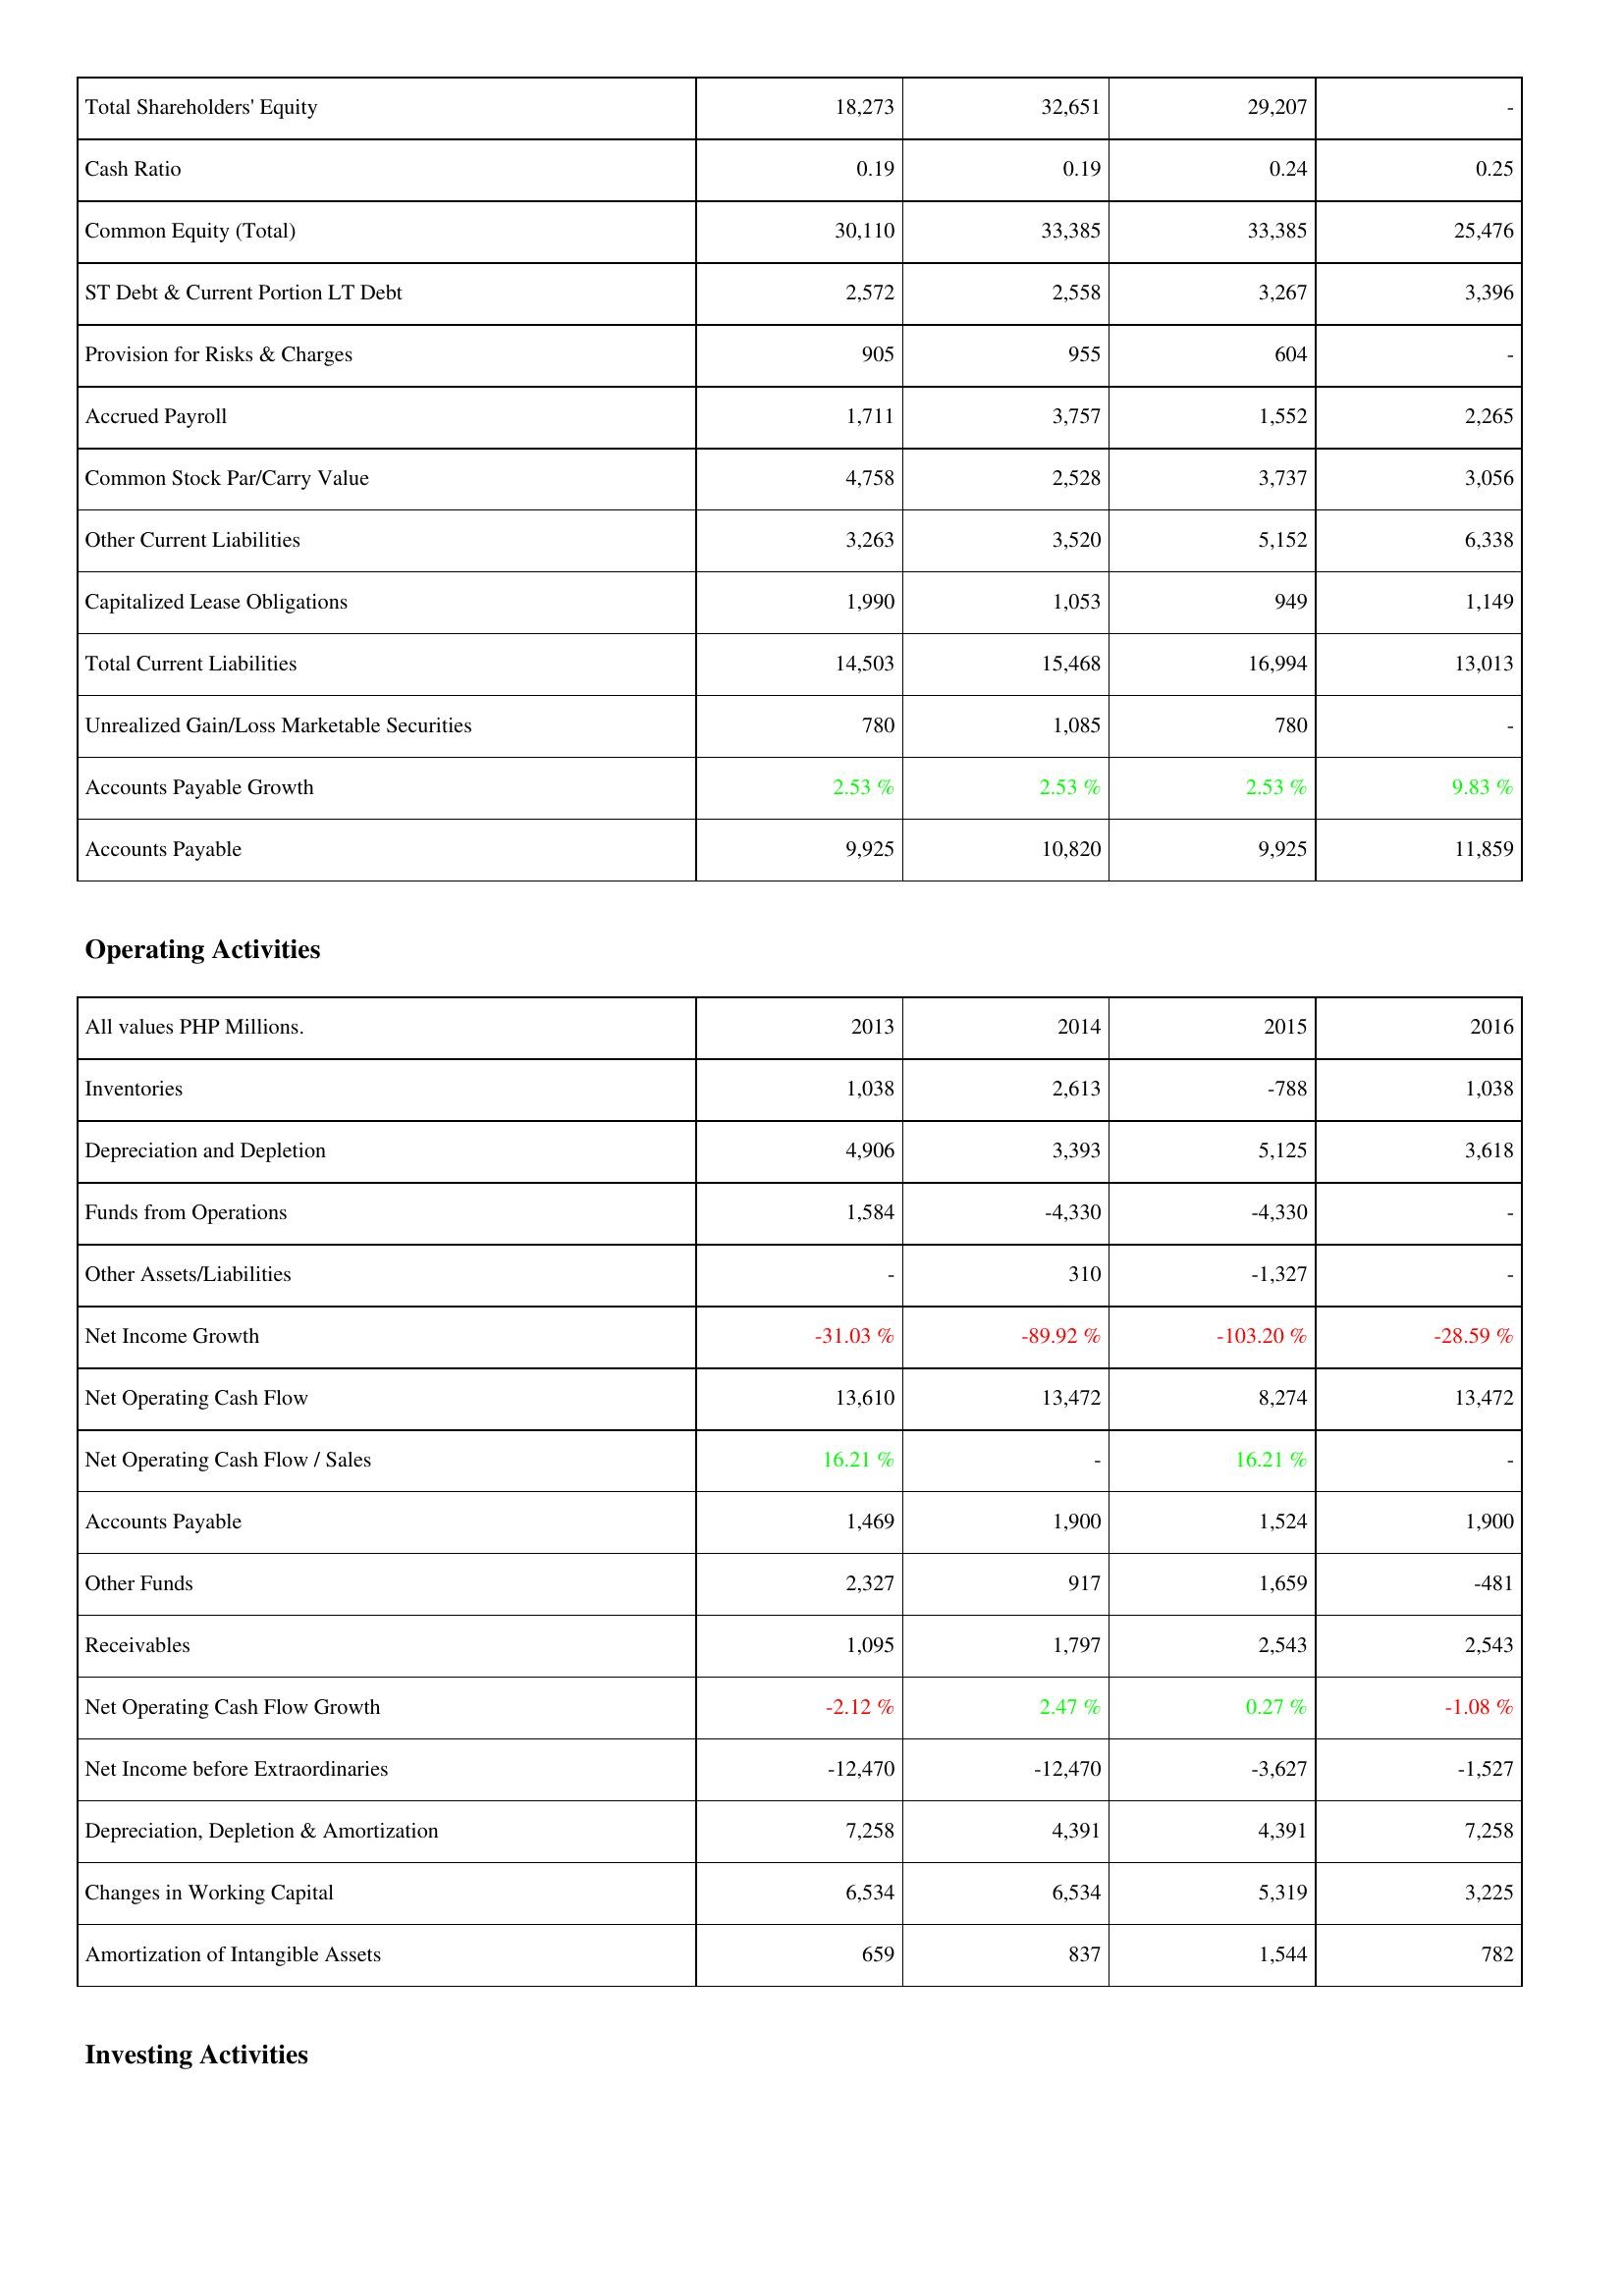
2013: Liabilities & Shareholders' Equity: Total Shareholders' Equity: 18,273
Cash Ratio: 0.19
Common Equity (Total): 30,110
ST Debt & Current Portion LT Debt: 2,572
Provision for Risks & Charges: 905
Accrued Payroll: 1,711
Common Stock Par/Carry Value: 4,758
Other Current Liabilities: 3,263
Capitalized Lease Obligations: 1,990
Total Current Liabilities: 14,503
Unrealized Gain/Loss Marketable Securities: 780
Accounts Payable Growth: 2.53 %
Accounts Payable: 9,925
Operating Activities: Inventories: 1,038
Depreciation and Depletion: 4,906
Funds from Operations: 1,584
Other Assets/Liabilities: -
Net Income Growth: -31.03 %
Net Operating Cash Flow: 13,610
Net Operating Cash Flow / Sales: 16.21 %
Accounts Payable: 1,469
Other Funds: 2,327
Receivables: 1,095
Net Operating Cash Flow Growth: -2.12 %
Net Income before Extraordinaries: -12,470
Depreciation, Depletion & Amortization: 7,258
Changes in Working Capital: 6,534
Amortization of Intangible Assets: 659
2014: Liabilities & Shareholders' Equity: Total Shareholders' Equity: 32,651
Cash Ratio: 0.19
Common Equity (Total): 33,385
ST Debt & Current Portion LT Debt: 2,558
Provision for Risks & Charges: 955
Accrued Payroll: 3,757
Common Stock Par/Carry Value: 2,528
Other Current Liabilities: 3,520
Capitalized Lease Obligations: 1,053
Total Current Liabilities: 15,468
Unrealized Gain/Loss Marketable Securities: 1,085
Accounts Payable Growth: 2.53 %
Accounts Payable: 10,820
Operating Activities: Inventories: 2,613
Depreciation and Depletion: 3,393
Funds from Operations: -4,330
Other Assets/Liabilities: 310
Net Income Growth: -89.92 %
Net Operating Cash Flow: 13,472
Net Operating Cash Flow / Sales: -
Accounts Payable: 1,900
Other Funds: 917
Receivables: 1,797
Net Operating Cash Flow Growth: 2.47 %
Net Income before Extraordinaries: -12,470
Depreciation, Depletion & Amortization: 4,391
Changes in Working Capital: 6,534
Amortization of Intangible Assets: 837
2015: Liabilities & Shareholders' Equity: Total Shareholders' Equity: 29,207
Cash Ratio: 0.24
Common Equity (Total): 33,385
ST Debt & Current Portion LT Debt: 3,267
Provision for Risks & Charges: 604
Accrued Payroll: 1,552
Common Stock Par/Carry Value: 3,737
Other Current Liabilities: 5,152
Capitalized Lease Obligations: 949
Total Current Liabilities: 16,994
Unrealized Gain/Loss Marketable Securities: 780
Accounts Payable Growth: 2.53 %
Accounts Payable: 9,925
Operating Activities: Inventories: -788
Depreciation and Depletion: 5,125
Funds from Operations: -4,330
Other Assets/Liabilities: -1,327
Net Income Growth: -103.20 %
Net Operating Cash Flow: 8,274
Net Operating Cash Flow / Sales: 16.21 %
Accounts Payable: 1,524
Other Funds: 1,659
Receivables: 2,543
Net Operating Cash Flow Growth: 0.27 %
Net Income before Extraordinaries: -3,627
Depreciation, Depletion & Amortization: 4,391
Changes in Working Capital: 5,319
Amortization of Intangible Assets: 1,544
2016: Liabilities & Shareholders' Equity: Total Shareholders' Equity: -
Cash Ratio: 0.25
Common Equity (Total): 25,476
ST Debt & Current Portion LT Debt: 3,396
Provision for Risks & Charges: -
Accrued Payroll: 2,265
Common Stock Par/Carry Value: 3,056
Other Current Liabilities: 6,338
Capitalized Lease Obligations: 1,149
Total Current Liabilities: 13,013
Unrealized Gain/Loss Marketable Securities: -
Accounts Payable Growth: 9.83 %
Accounts Payable: 11,859
Operating Activities: Inventories: 1,038
Depreciation and Depletion: 3,618
Funds from Operations: -
Other Assets/Liabilities: -
Net Income Growth: -28.59 %
Net Operating Cash Flow: 13,472
Net Operating Cash Flow / Sales: -
Accounts Payable: 1,900
Other Funds: -481
Receivables: 2,543
Net Operating Cash Flow Growth: -1.08 %
Net Income before Extraordinaries: -1,527
Depreciation, Depletion & Amortization: 7,258
Changes in Working Capital: 3,225
Amortization of Intangible Assets: 782